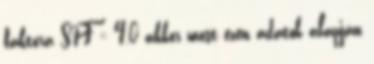
faktora SPF = 4,0 akkor most ezen adatok alapján